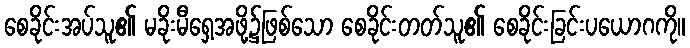
စေခိုင်းအပ်သူ၏ မခိုးမီရှေ့အဖို့၌ဖြစ်သော စေခိုင်းတတ်သူ၏ စေခိုင်းခြင်းပယောဂကို။